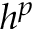
h ^ { p }